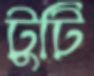
টুটি